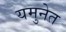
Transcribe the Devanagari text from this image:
यमुनेत